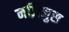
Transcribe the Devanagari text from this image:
नज़िंज़ुस